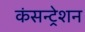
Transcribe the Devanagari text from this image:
कंसन्ट्रेशन